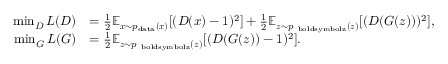
\begin{array} { r l } { \operatorname* { m i n } _ { D } L ( D ) } & { = \frac { 1 } { 2 } \mathbb { E } _ { \boldsymbol { x } \sim p _ { \mathrm { d a t a } } ( \boldsymbol { x } ) } [ ( D ( \boldsymbol { x } ) - 1 ) ^ { 2 } ] + \frac { 1 } { 2 } \mathbb { E } _ { \boldsymbol { z } \sim p _ { \mathrm { \ b o l d s y m b o l { z } } } ( \boldsymbol { z } ) } [ ( D ( G ( \boldsymbol { z } ) ) ) ^ { 2 } ] , } \\ { \operatorname* { m i n } _ { G } L ( G ) } & { = \frac { 1 } { 2 } \mathbb { E } _ { \boldsymbol { z } \sim p _ { \mathrm { \ b o l d s y m b o l { z } } } ( \boldsymbol { z } ) } [ ( D ( G ( \boldsymbol { z } ) ) - 1 ) ^ { 2 } ] . } \end{array}